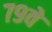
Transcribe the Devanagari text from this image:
७९वे